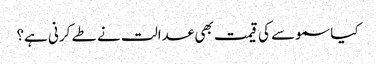
کیا سموسے کی قیمت بھی عدالت نے طے کرنی ہے؟